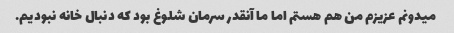
میدونم عزیزم من هم هستم اما ما آنقدر سرمان شلوغ بود که دنبال خانه نبودیم.